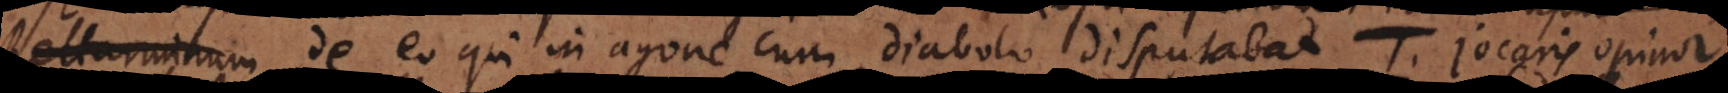
Bellarmini de eo qui in agone cum diabolo disputabat. T. Jocaris opinor,